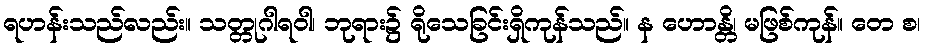
ရဟန်းသည်လည်း။ သတ္တုဂါရဝါ၊ ဘုရား၌ ရိုသေခြင်းရှိကုန်သည်။ န ဟောန္တိ၊ မဖြစ်ကုန်။ တေ စ၊